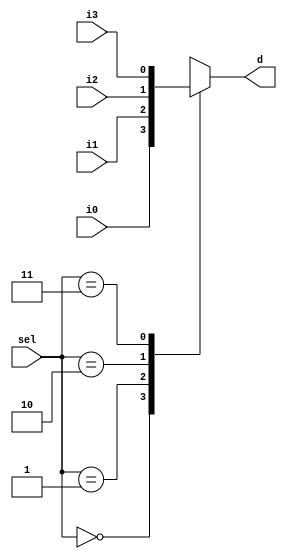
//////////////////////////////////////////////////////////////////////////////////
// Company: 
// 
// Design Name: 
// Module Name: Mux_behavioral
// Project Name: 
// Target Devices: 
// Tool Versions: 
// Description: 
// 
// Dependencies: 
// 
// Revision:
// Revision 0.01 - File Created
// Additional Comments:
// 
//////////////////////////////////////////////////////////////////////////////////
`timescale 1ns / 1ps

module Mux_behavioral(
    input [1:0] sel,
    input i0,
    input i1,
    input i2,
    input i3,
    output reg d
    );
    
    always @( * )
    begin
        case ( sel )
        0 : d = i0;
        1 : d = i1;
        2 : d = i2;
        3 : d = i3;
        endcase
    end

endmodule